Report on the cholera epidemic of
Year: 1868
Disease focus: Cholera
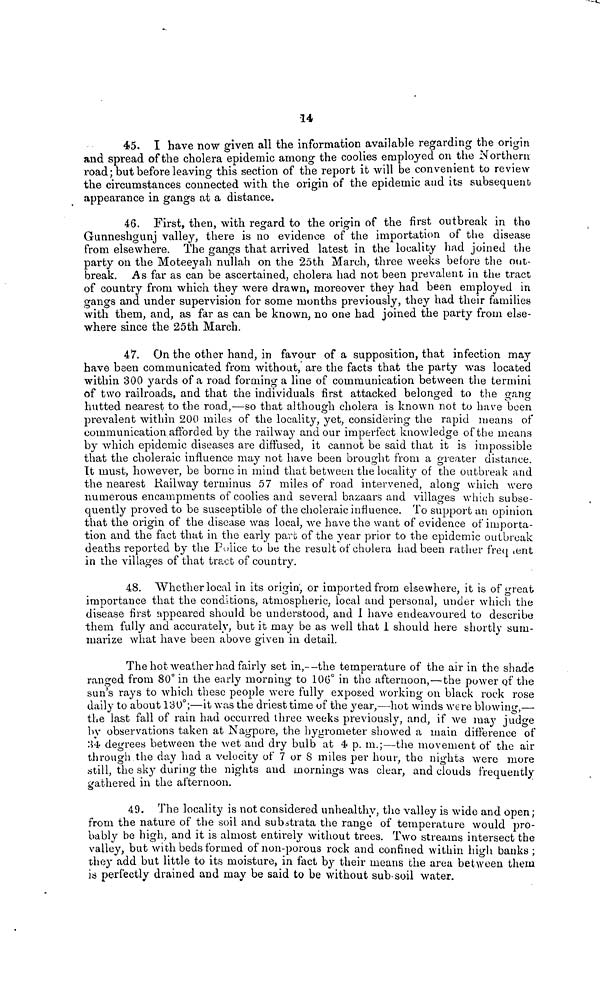
14
45. I have now given all the information available regarding the origin
and spread of the cholera epidemic among the coolies employed on the Northern
road; but before leaving this section of the report it will be convenient to review
the circumstances connected with the origin of the epidemic and its subsequent
appearance in gangs at a distance.
46. First, then, with regard to the origin of the first outbreak in the
Gunneshgunj valley, there is no evidence of the importation of the disease
from elsewhere. The gangs that arrived latest in the locality had joined the
party on the Moteeyah nullah on the 25th March, three weeks before the out-
break. As far as can be ascertained, cholera had not been prevalent in the tract
of country from which they were drawn, moreover they had been employed in
gangs and under supervision for some months previously, they had their families
with them, and, as far as can be known, no one had joined the party from else-
where since the 25th March.
47. On the other hand, in favour of a supposition, that infection may
have been communicated from without, are the facts that the party was located
within 300 yards of a road forming a line of communication between the termini
of two railroads, and that the individuals first attacked belonged to the gang
hutted nearest to the road,—so that although cholera is known not to have been
prevalent within 200 miles of the locality, yet, considering the rapid means of
communication afforded by the railway and our imperfect knowledge of the means
by which epidemic diseases are diffused, it cannot be said that it is impossible
that the choleraic influence may not have been brought from a greater distance.
It must, however, be borne in mind that between the locality of the outbreak and
the nearest Railway terminus 57 miles of road intervened, along which were
numerous encampments of coolies and several bazaars and villages which subse-
quently proved to be susceptible of the choleraic influence. To support an opinion
that the origin of the disease was local, we have the want of evidence of importa-
tion and the fact that in the early pavo of the year prior to the epidemic outbreak
deaths reported by the Police to be the result of cholera had been rather frequent
in the villages of that tract of country.
48. Whether local in its origin, or imported from elsewhere, it is of great
importance that the conditions, atmospheric, local and personal, under which the
disease first appeared should be understood, and I have endeavoured to describe
them fully and accurately, but it may be as well that 1 should here shortly sum-
marize what have been above given in detail.
The hot weather had fairly set in,--the temperature of the air in the shade
ranged from 80° in the early morning to 106° in the afternoon,—the power of the
sun's rays to which these people were fully exposed working on black rock rose
daily to about 131)°;—it was the driest time of the year,—hot winds were blowing,—
the last fall of rain had occurred three weeks previously, and, if we may judge
by observations taken at Nagpore, the hygrometer showed a main difference of
34 degrees between the wet and dry bulb at 4 p.m.;—the movement of the air
through the day had a velocity of 7 or 8 miles per hour, the nights were more
still, the sky during the nights and mornings was clear, and clouds frequently
gathered in the afternoon.
49. The locality is not considered unhealthy, the valley is wide and open;
from the nature of the soil and substrata the range of temperature would pro-
bably be high, and it is almost entirely without trees. Two streams intersect the
valley, but with beds formed of non-porous rock and confined within high banks ;
they add but little to its moisture, in fact by their means the area between them
is perfectly drained and may be said to be without sub soil water.